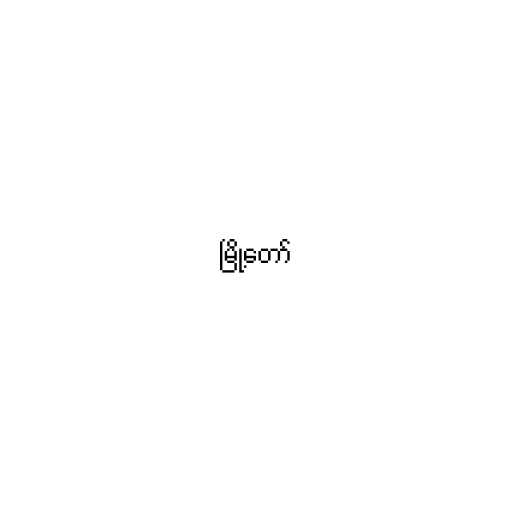
မြို့တော်